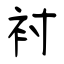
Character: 袝